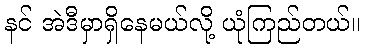
နင် အဲဒီမှာရှိနေမယ်လို့ ယုံကြည်တယ်။